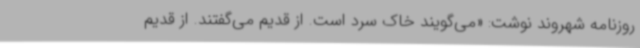
روزنامه شهروند نوشت: «می‌گویند خاک سرد است. از قدیم می‌گفتند. از قدیم